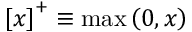
\left[ x \right] ^ { + } \equiv \operatorname* { m a x } \left( 0 , x \right)